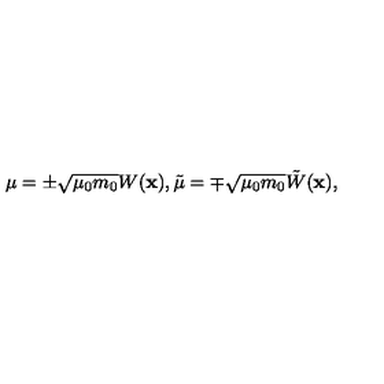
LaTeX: \mu = \pm \sqrt { \mu _ { 0 } m _ { 0 } } W ( { \bf x } ) , \tilde { \mu } = \mp \sqrt { \mu _ { 0 } m _ { 0 } } \tilde { W } ( { \bf x } ) ,